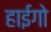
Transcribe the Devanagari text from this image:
हाईगो